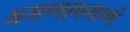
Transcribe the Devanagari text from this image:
भ्रमणाप्रमाणे